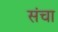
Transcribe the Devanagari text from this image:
संचा